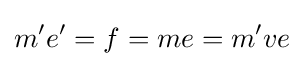
m'e'=f=me=m've